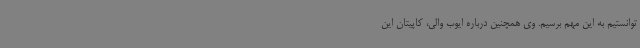
توانستیم به این مهم برسیم. وی همچنین درباره ایوب والی، کاپیتان این